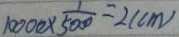
1 0 0 0 0 \times \frac { 1 } { 5 0 0 0 } = 2 ( c m )